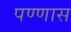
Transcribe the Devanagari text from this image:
पण्णास